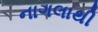
નાગલાથી